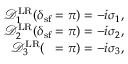
\begin{array} { r } { \mathcal { D } _ { 1 } ^ { \mathrm { L R } } ( \delta _ { \mathrm { s f } } = \pi ) = - i \sigma _ { 1 } , } \\ { \mathcal { D } _ { 2 } ^ { \mathrm { L R } } ( \delta _ { \mathrm { s f } } = \pi ) = - i \sigma _ { 2 } , } \\ { \mathcal { D } _ { 3 } ^ { \mathrm { L R } } ( { \it \Delta \phi } = \pi ) = - i \sigma _ { 3 } , } \end{array}